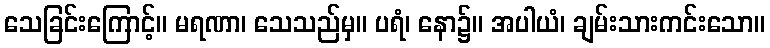
သေခြင်းကြောင့်။ မရဏာ၊ သေသည်မှ။ ပရံ၊ နော၌။ အပါယံ၊ ချမ်းသားကင်းသော။